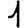
Digit: 1